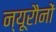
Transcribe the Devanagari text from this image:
न्यूरौनों